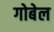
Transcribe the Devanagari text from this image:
गोबेल